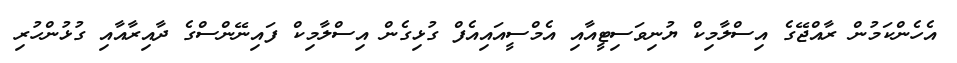
އެހެންކަމުން ރާއްޖޭގެ އިސްލާމިކް ޔުނިވަސިޓީއާއި އެމްސީއައިއެފް ގުޅިގެން އިސްލާމިކް ފައިނޭންސްގެ ދާއިރާއާއި ގުޅުންހުރި